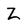
Character: z